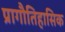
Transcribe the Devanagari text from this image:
प्रागौतिहासिक